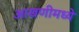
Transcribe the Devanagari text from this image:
आखणीमध्ये